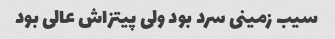
سیب زمینی سرد بود ولی پیتزاش عالی بود